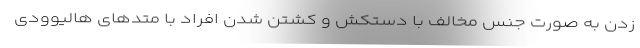
زدن به صورت جنس مخالف با دستکش و کشتن شدن افراد با متدهای هالیوودی